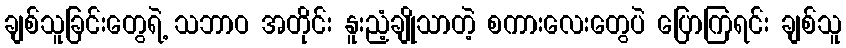
ချစ်သူခြင်းတွေရဲ့ သဘာဝ အတိုင်း နူးညံ့ချိုသာတဲ့ စကားလေးတွေပဲ ပြောကြရင်း ချစ်သူ